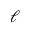
\ell